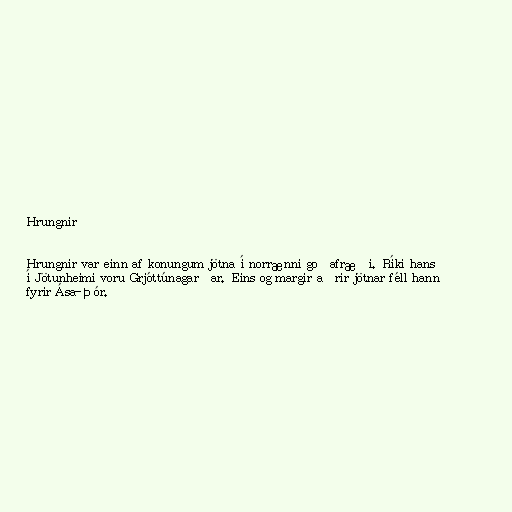
Hrungnir

Hrungnir var einn af konungum jötna í norrænni goðafræði. Ríki hans
í Jötunheimi voru Grjóttúnagarðar. Eins og margir aðrir jötnar féll hann
fyrir Ása-Þór.